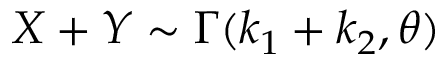
X + Y \sim \Gamma ( k _ { 1 } + k _ { 2 } , \theta )